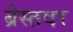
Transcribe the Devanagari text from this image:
ब्रेस्तवर